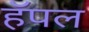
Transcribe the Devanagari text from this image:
हॅपल